Report on horse surra - Volume II, Part I
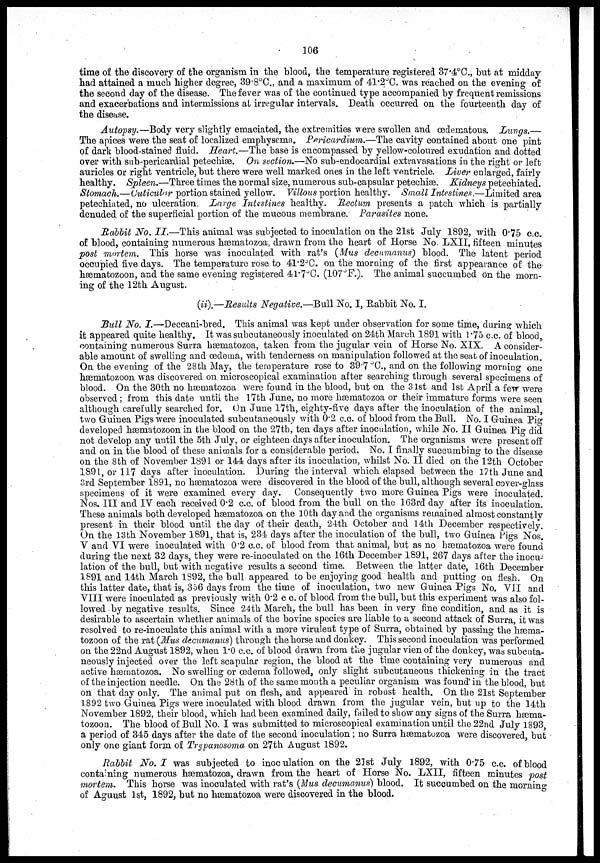
106
time of the discovery of the organism in the blood, the temperature registered 37.4°C., but at midday
had attained a much higher degree, 39.8°C., and a maximum of 41.2°C. was reached on the evening of
the second day of the disease. The fever was of the continued type accompanied by frequent remissions
and exacerbations and intermissions at irregular intervals. Death occurred on the fourteenth day of
the disease.
Autopsy.—Body very slightly emaciated, the extremities were swollen and œdematous. Lungs.—
The apices were the seat of localized emphysema. Pericardium.—The cavity contained about one pint
of dark blood-stained fluid. Heart.—The base is encompassed by yellow-coloured exudation and dotted.
over with sub-pericardial petechiæ. On section.—No sub-endocardial extravasations in the right or left
auricles or right ventricle, but there were well marked ones in the left ventricle. Liver enlarged, fairly
healthy. Spleen.—Three times the normal size, numerous sub-capsular petechiæ. Kidneys petechiated.
Stomach.—Cuticular portion stained yellow. Villous portion healthy. Small Intestines .—Limited area
petechiated, no ulceration. Large Intestines healthy. Rectum presents a patch which is partially
denuded of the superficial portion of the mucous membrane. Parasites none.
Rabbit No. II.—This animal was subjected to inoculation on the 21st July 1892, with 0.75 c.c.
of blood, containing numerous hæmatozoa, drawn from the heart of Horse No. LXII, fifteen minutes
post mortem. This horse was inoculated with rat's (Mus decumanus) blood. The latent period
occupied five days. The temperature rose to 41.2°C. on the morning of the first appearance of the
hæmatozoon, and the same evening registered 41.7°C. (107°F.). The animal succumbed on the morn-
ing of the 12th August.
(ii).—Results Negative.—Bull No. I, Rabbit No. I.
Bull No. I.—Deccani-bred. This animal was kept under observation for some time, during which
it appeared quite healthy. It was subcutaneously inoculated on 24th March 1891 with 1.75 c.c. of blood,
containing numerous Surra hæmatozoa, taken from the jugular vein of Horse No. XIX. A consider-
able amount of swelling and œdema, with tenderness on manipulation followed at the seat of inoculation.
On the evening of the 28th May, the temperature rose to 39.7 °C., and on the following morning one
hæmatozoon was discovered on microscopical examination after searching through several specimens of
blood. On the 30th no hæmatozoa were found in the blood, but on the 31st and 1st April a few were
observed; from this date until the 17th June, no more hæmatozoa or their immature forms were seen
although carefully searched for. On June 17th, eighty-five days after the inoculation of the animal,
two Guinea Pigs were inoculated subcutaneously with 0.2 c.c. of blood from the Bull. No. I Guinea Pig
developed hæmatozoon in the blood on the 27th, ten days after inoculation, while No. II Guinea Pig did
not develop any until the 5th July, or eighteen days after inoculation. The organisms were present off
and on in the blood of these animals for a considerable period. No. I finally succumbing to the disease
on the 8th of November 1891 or 144 days after its inoculation, whilst No. II died on the 12th October
1891, or 117 days after inoculation. During the interval which elapsed between the 17th June and
3rd September 1891, no hæmatozoa were discovered in the blood of the bull, although several cover-glass
specimens of it were examined every day. Consequently two more Guinea Pigs were inoculated.
Nos. III and IV each received 0.2 c.c. of blood from the bull on the 163rd day after its inoculation.
These animals both developed hæmatozoa on the 10th day and the organisms remained almost constantly
present in their blood until the day of their death, 24th October and 14th December respectively.
On the 13th November 1891, that is, 234 days after the inoculation of the bull, two Guinea Pigs Nos.
V and VI were inoculated with 0.2 c.c. of blood from that animal, but as no hæmatozoa were found
during the next 32 days, they were re-inoculated on the 16th December 1891, 267 days after the inocu-
lation of the bull, but with negative results a second time. Between the latter date, 16th December
1891 and 14th March 1892, the bull appeared to be enjoying good health and putting on flesh. On
this latter date, that is, 356 days from the time of inoculation, two new Guinea Pigs No. VII and
VIII were inoculated as previously with 0.2 c c. of blood from the bull, but this experiment was also fol-
lowed by negative results. Since 24th March, the bull has been in very fine condition, and as it is
desirable to ascertain whether animals of the bovine species are liable to a second attack of Surra, it was
resolved to re-inoculate this animal with a more virulent type of Surra, obtained by passing the hæma-
tozoon of the rat (Mus decumanus) through the horse and donkey. This second inoculation was performed
on the 22nd August 1892, when 1.0 c.c. of blood drawn from the jugular vien of the donkey, was subcuta-
neously injected over the left scapular region, the blood at the time containing very numerous and
active hæmatozoa. No swelling or œdema followed, only slight subcutaneous thickening in the tract
of the injection needle. On the 28th of the same month a peculiar organism was found in the blood, but
on that day only. The animal put on flesh, and appeared in robust health. On the 21st September
1892 two Guinea Pigs were inoculated with blood drawn from the jugular vein, but up to the 14th
November 1892, their blood, which had been examined daily, failed to show any signs of the Surra hæma-
tozoon. The blood of Bull No. I was submitted to microscopical examination until the 22nd July 1893,
a period of 345 days after the date of the second inoculation; no Surra hæmatozoa were discovered, but
only one giant form of Trypanosoma on 27th August 1892.
Rabbit No. I was subjected to inoculation on the 21st July 1892, with 0.75 c.c. of blood
containing numerous hæmatozoa, drawn from the heart of Horse No. LXII, fifteen minutes post
mortem. This horse was inoculated with rat's (Mus decumanus) blood. It succumbed on the morning
of Aguust 1st, 1892, but no hæmatozoa were discovered in the blood.